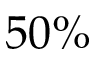
5 0 \%